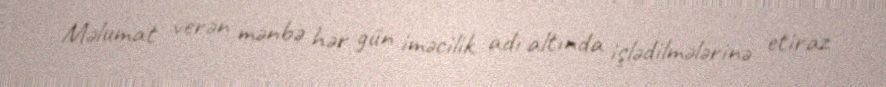
Məlumat verən mənbə hər gün iməcilik adı altında işlədilmələrinə etiraz